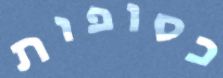
כסופות